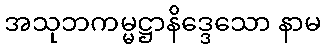
အသုဘကမ္မဋ္ဌာနိဒ္ဒေသော နာမ